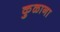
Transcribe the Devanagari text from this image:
कुळाना